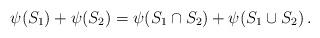
LaTeX: \begin{align*}\psi(S_1)+\psi(S_2)=\psi(S_1\cap S_2)+\psi(S_1\cup S_2) \, .\end{align*}